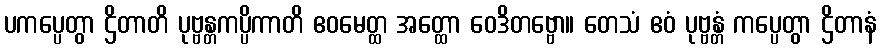
ပကပ္ပေတွာ ဌိတာတိ ပုဗ္ဗန္တကပ္ပိကာတိ ဧဝမေတ္ထ အတ္ထော ဝေဒိတဗ္ဗော။ တေသံ ဧဝံ ပုဗ္ဗန္တံ ကပ္ပေတွာ ဌိတာနံ